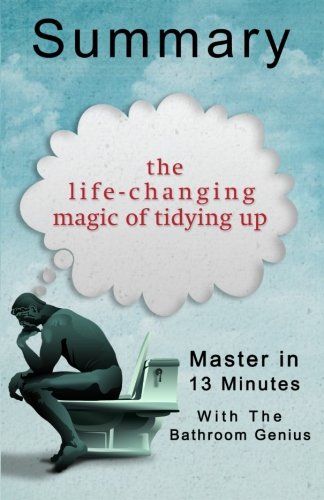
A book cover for A 13-Minute Summary Of The Life-Changing Magic of Tidying Up: The Japanese Art of Decluttering and Organizing; Bern Bolo; Crafts, Hobbies & Home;